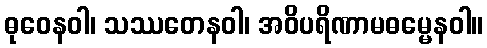
ဓုဝေနဝါ၊ သဿတေနဝါ၊ အဝိပရိဏာမဓမ္မေနဝါ။